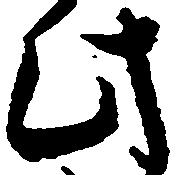
此